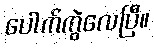
ပေါက်ကွဲလေပြီ။